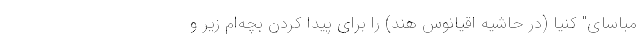
مباسای" کنیا (در حاشیه اقیانوس هند) را برای پیدا کردن بچه‌ام زیر و